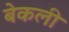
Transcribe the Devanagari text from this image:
बेकली